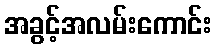
အခွင့်အလမ်းကောင်း